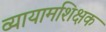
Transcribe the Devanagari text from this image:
व्यायामशिक्षक